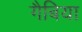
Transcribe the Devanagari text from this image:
गैबिया